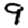
Digit: 9